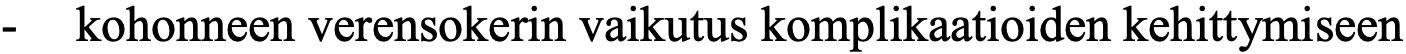
-  kohonneen verensokerin vaikutus komplikaatioiden kehittymiseen